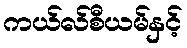
ကယ်လ်စီယမ်နှင့်